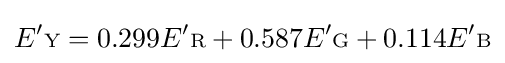
E'{\scriptstyle {\text{Y}}}=0.299E'{\scriptstyle {\text{R}}}+0.587E'{\scriptstyle {\text{G}}}+0.114E'{\scriptstyle {\text{B}}}